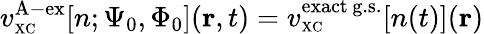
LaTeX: v_{\scriptscriptstyle\mathrm{XC}}^{\mathrm{A-ex}}[n;\Psi_{0},\Phi_{0}]({\mathbf r},t)=v_{\scriptscriptstyle\mathrm{XC}}^{\mathrm{exact\, g.s.}}[n(t)]({\mathbf r})